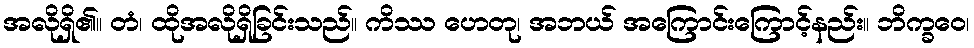
အလိုရှိ၏။ တံ၊ ထိုအလိုရှိခြင်းသည်။ ကိဿ ဟေတု၊ အဘယ် အကြောင်းကြောင့်နည်း။ ဘိက္ခဝေ၊